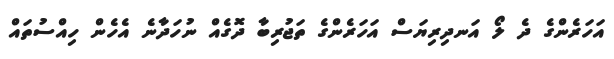
އަހަރެންގެ ދެ ލޯ އަނދިރިޔަސް އަހަރެންގެ ތަޖުރިބާ ދޮގެއް ނުހަދާނެ އެހެން ހިއްސުތައް